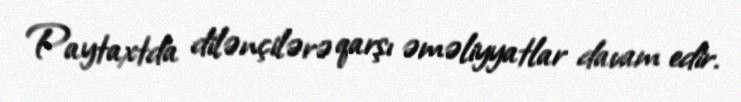
Paytaxtda dilənçilərə qarşı əməliyyatlar davam edir.